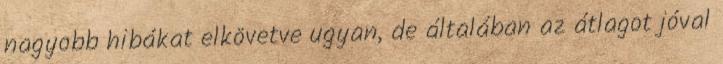
nagyobb hibákat elkövetve ugyan, de általában az átlagot jóval